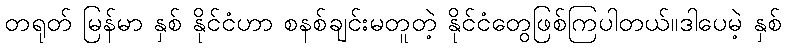
တရုတ် မြန်မာ နှစ် နိုင်ငံဟာ စနစ်ချင်းမတူတဲ့ နိုင်ငံတွေဖြစ်ကြပါတယ်။ဒါပေမဲ့ နှစ်